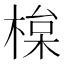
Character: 𣕘